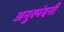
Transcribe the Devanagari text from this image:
अनुस्पंदनी